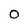
Character: 0